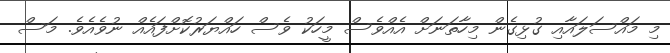
މި މައްސަލައާއި ގުޅިގެން މިހާތަނަށް އެއްވެސް މީހަކު ވެސް ހައްޔަރުކޮށްފައެއް ނުވެއެވެ. މަސް